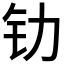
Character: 𰽖